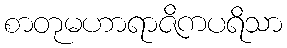
စာတုမဟာရာဇိကပရိသာ